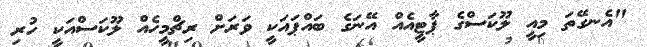
"އެނގޭތަ މިއީ ލޫކަސްގެ ޕާޓީއެއް އޭނަގެ ބައްޕައަކީ ވަރަށް ރިޗްމީހެއް ލޫކަސްއަކީ ހުރި